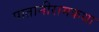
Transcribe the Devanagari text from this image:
पातानीरामकथा